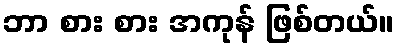
ဘာ စား စား အကုန် ဖြစ်တယ်။